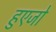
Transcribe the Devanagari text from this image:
हुएजो